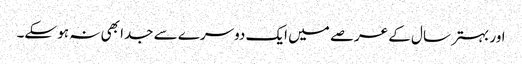
اور بہتر سال کے عرصے میں ایک دوسرے سے جدا بھی نہ ہو سکے۔